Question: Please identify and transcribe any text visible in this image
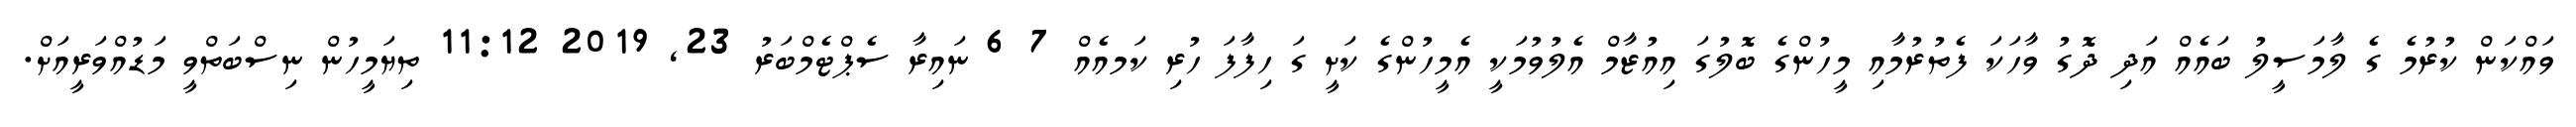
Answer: ވައްކަން ކުރުމެ ގެ ލާމަސީލު ބައެއް އަދި ދޮގު ވާހަކަ ފެތުރުމާއި މީހުންގެ ބޮލުގަ އިއުޒާމް އެލުވުމަކީ އެމީހުންގެ ކަށީ ގަ ހިފާފަ ހުރި ކަމއެއް 7 6 ނައިރާ ސެޕްޓެމްބަރު 23, 2019 11:12 ތިޔަމީހުން ނިސްބަތްވީ މަޑުއްވަރީއަށް.